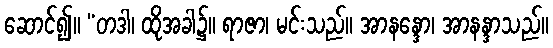
ဆောင်၍။ “တဒါ၊ ထိုအခါ၌။ ရာဇာ၊ မင်းသည်။ အာနန္ဒော၊ အာနန္ဒာသည်။